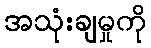
အသုံးချမှုကို